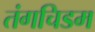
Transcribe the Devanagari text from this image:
तंगचिडम